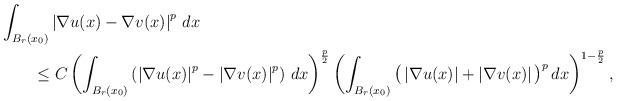
LaTeX: \begin{align*} &\int_{B_r(x_0)}\left|\nabla u(x)-\nabla v(x)\right|^p\,dx\\&\qquad\le C\left(\int_{B_r(x_0)}\left(\left|\nabla u(x)\right|^p-\left|\nabla v(x)\right|^p\right)\,dx\right)^{\frac{p}{2}}\left(\int_{B_r(x_0)}\big(\left|\nabla u(x)\right|+\left|\nabla v(x)\right|\big)^p\,dx\right)^{1-\frac{p}{2}},\end{align*}